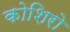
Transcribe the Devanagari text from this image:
कोशिरो